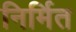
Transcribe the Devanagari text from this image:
निर्मित